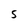
Character: S